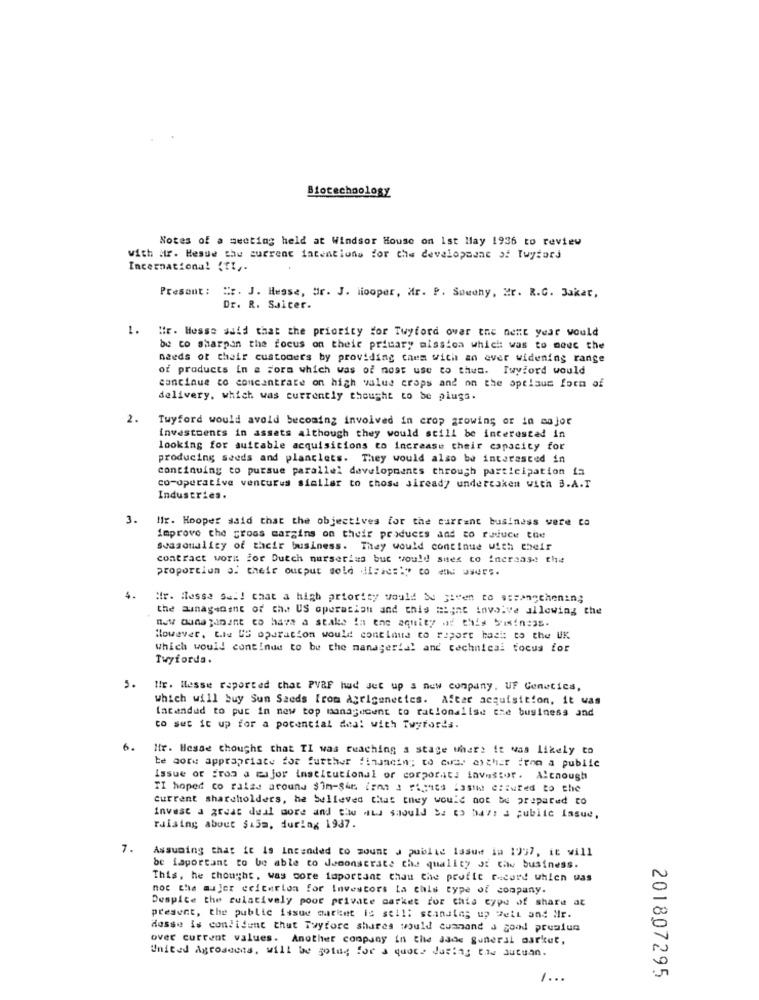
Biotechnology
Notes of a meeting held at Windsor House on Ist May 1936 to review
with ar. Hesue the current intentions for the developaant of lwytors
Incernational (ft ,.
Present: " :. J. Hesse, dr. J. looper, Mr. P. Sowany, Mr. R.G. Bakar,
Dr. R. Suiter.
1. Wir. Messe said that the priority for Twyford over the nent year would
be co sharpan the focus on their primary mission which was to noec the
needs ot chair customers by providing chem with an ever widening range
of products in a Form which was of nost use to them. Iwyford would
continue to concentrate on high value crops and on the optiaus form of
delivery, which was currently thought to be plugs.
2.
Twyford would avoid becoming involved in crop growing or in major
investments in assets although they would still be interested in
looking for suitable acquisitions to increase their capacity for
producing seeds and plantlets. They would also be interested in
continuing to pursue parallel developments through participation in
co-Operative ventures similar to those siready undertaken with 3.A.T.
Industries.
3.
Mir. Hooper said that the objectives for the current business were co
improve the gross margins on their products and to reduce the
seasonality of their business. They would continue With their
contract work for Dutch nurseriss but would snes to increase the
proportion o. their output sold (isics:" co and users.
5.
Mr. Hesse Sal! chat a high priority would be given to strengthening
the anagsaint of the US operation and this mijne involve allowing the
new ouna janant to have a stakes ia ene aquity of this Siin:35.
However, ble US operacion would continue to report hasit to the UK
which would continue to be the managerial and technical focus for
Twyforda.
5.
Ilr. Messe reported that PVaF had Jet up a new company, UF Genetics,
which will buy Sun Seeds Iron Agrigenettes. After acquisition, it was
Intended to put in new top management to rationalise the business and
to set it up for a potencial deal with Twyfords.
6.
Mr. Hesse thought that TI was reaching a stage where it was likely to
te aore appropriate for further financing to cuer archer from a public
Issue or from a major institutional or corporat. investor. Although
TI hoped co ralas around $1m-Sin (pmo : ritics lastid difuted to the
Current shareholders, he believed that they would not be prepared to
Invest a great deal more and the wis should Su to have a public Issue,
raising about $15m, during 1937.
7.
Assuming that it Is Intended to mount J publié lasu in 1957, it will
be Laportant to be able to demonstrate the quality Ji chw business.
This, he thought, was core important that the profit record which was
not the mujer ecitmrion for Investors la this type of company.
Despite the cuiatively poor private market for this type of share at
present, the public issue market is still standing up Peit and Mr.
dosse is confident that Twyfore shares would cuanand J good premium
over current values. Another company in the same general market,
United Agroadens, will be going for a quote during the autumn.
201807295